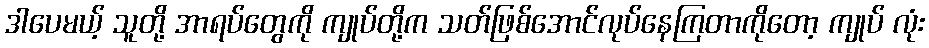
ဒါပေမယ့် သူတို့ အာရပ်တွေကို ကျုပ်တို့က သတ်ဖြစ်အောင်လုပ်နေကြတာကိုတော့ ကျုပ် လုံး